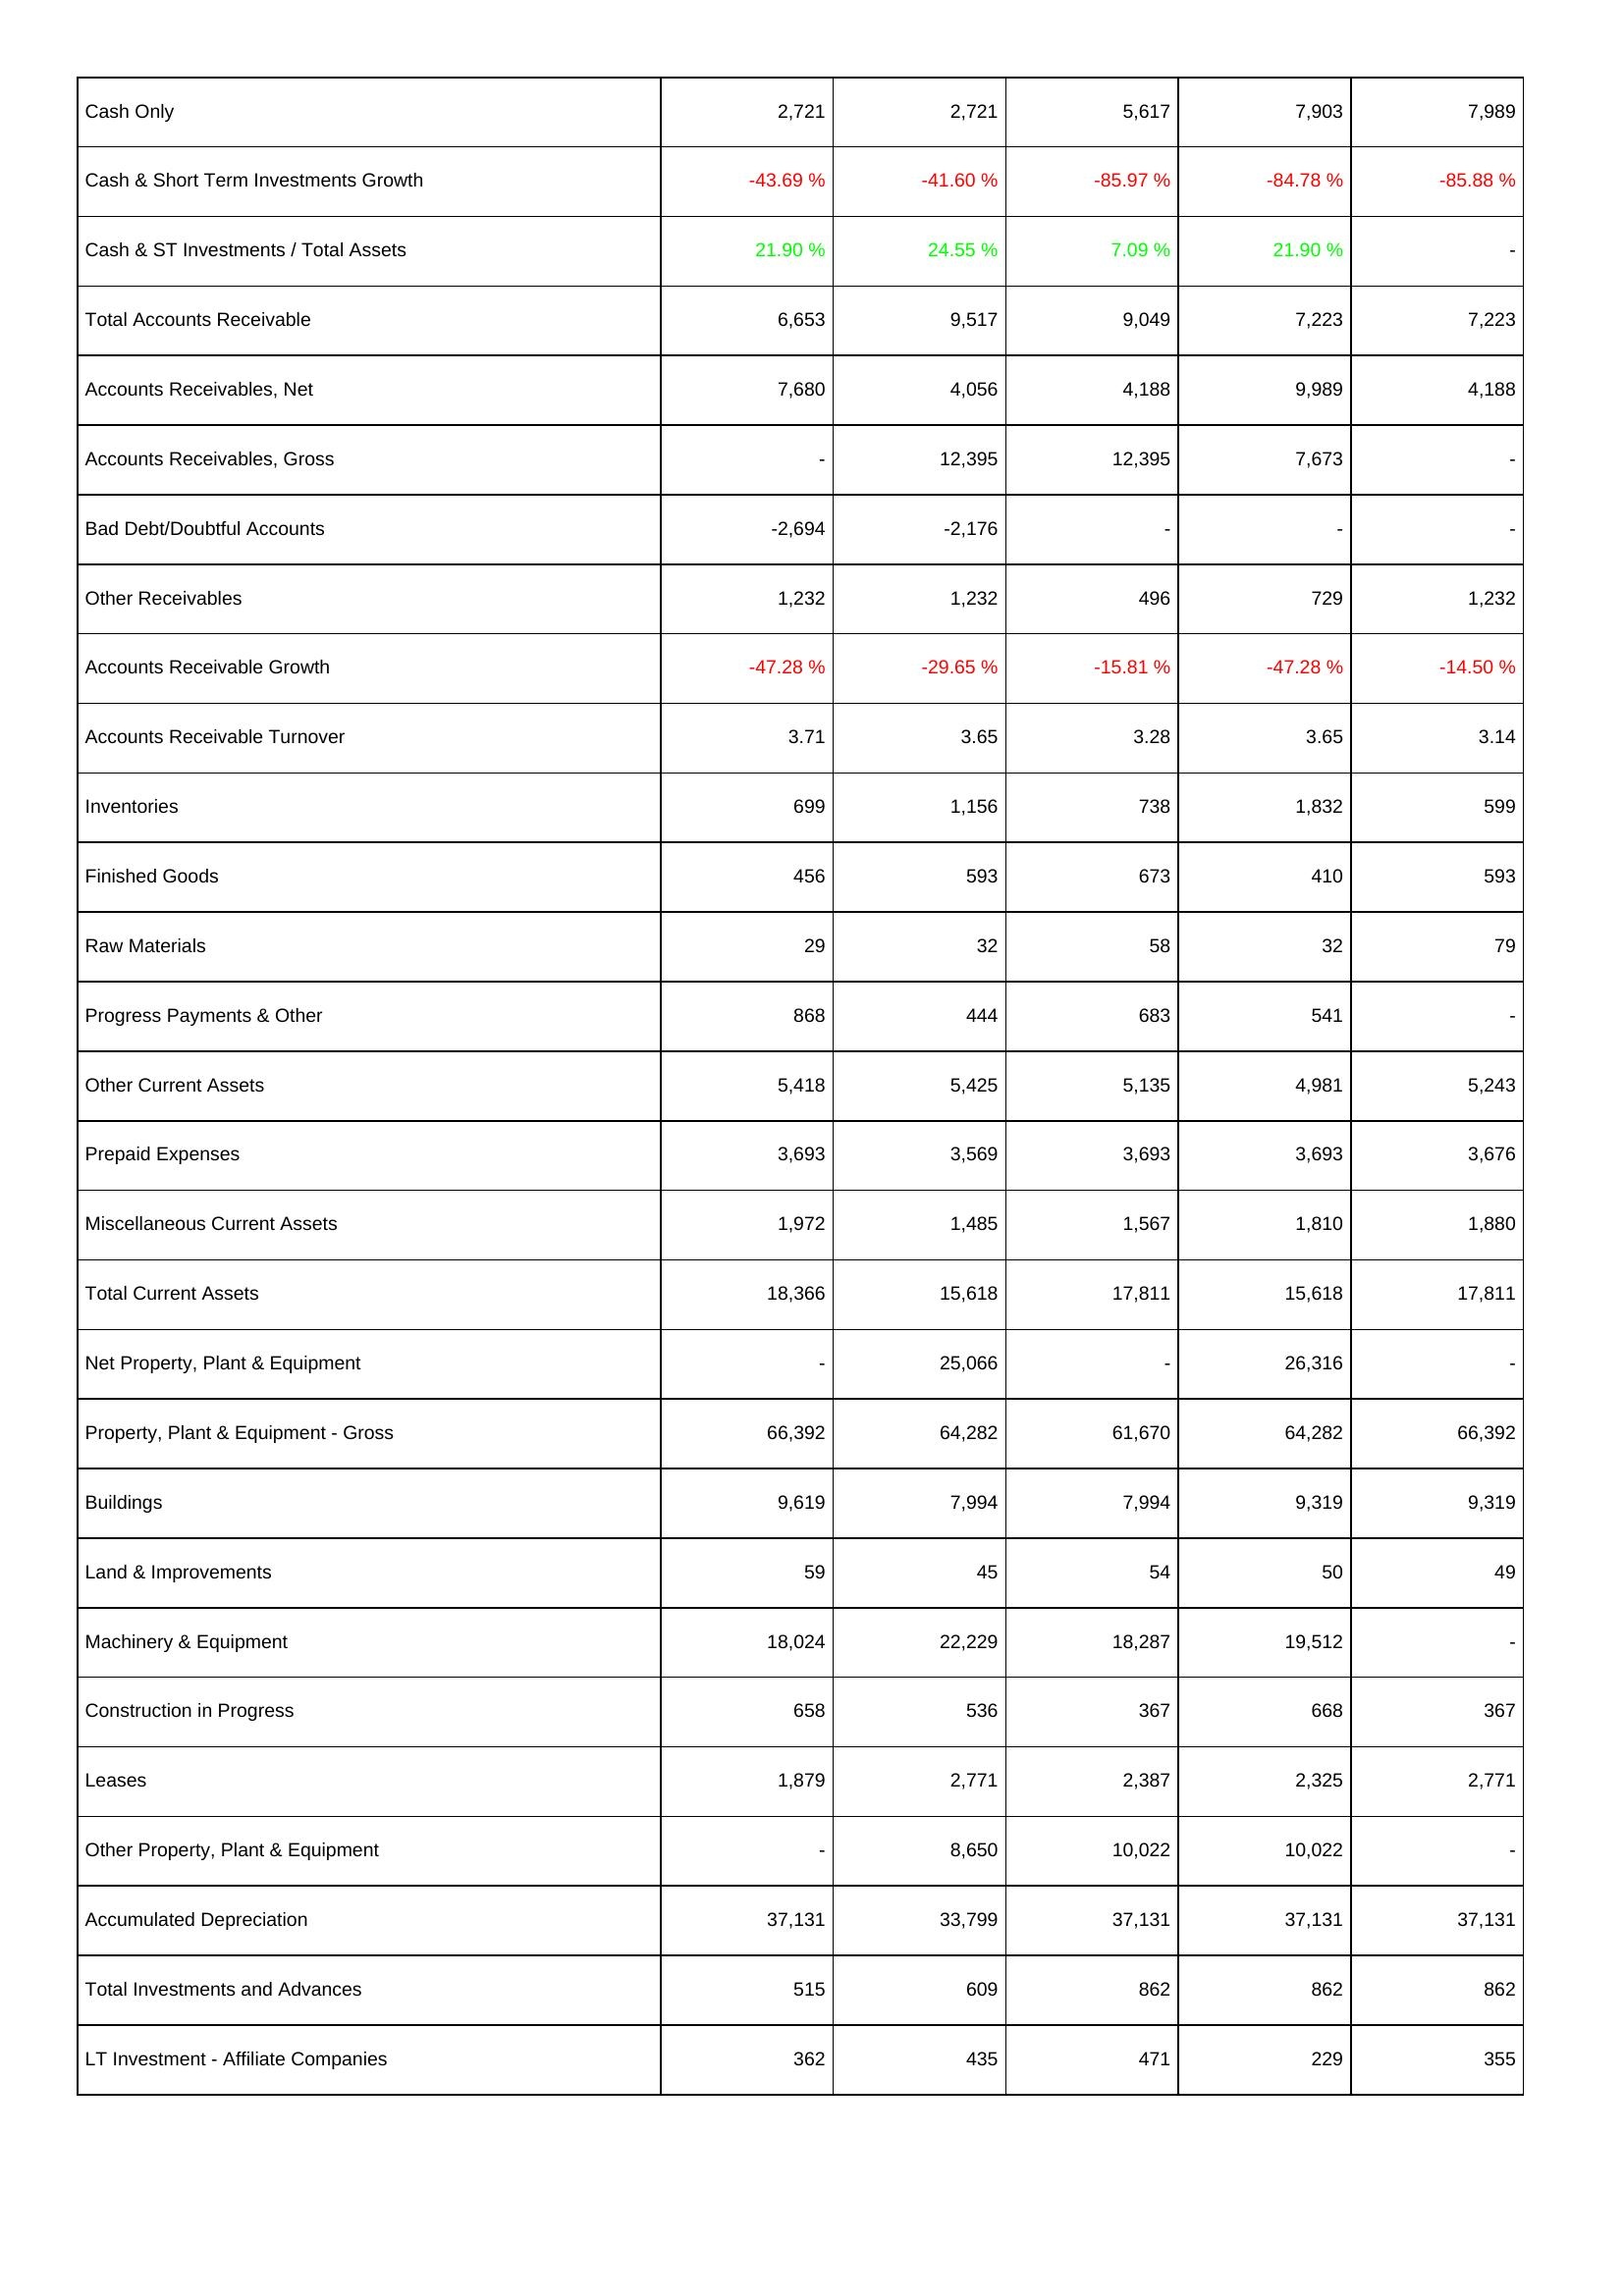
2018: Assets: Cash Only: 2,721
Cash & Short Term Investments Growth: -43.69 %
Cash & ST Investments / Total Assets: 21.90 %
Total Accounts Receivable: 6,653
Accounts Receivables, Net: 7,680
Accounts Receivables, Gross: -
Bad Debt/Doubtful Accounts: -2,694
Other Receivables: 1,232
Accounts Receivable Growth: -47.28 %
Accounts Receivable Turnover: 3.71
Inventories: 699
Finished Goods: 456
Raw Materials: 29
Progress Payments & Other: 868
Other Current Assets: 5,418
Prepaid Expenses: 3,693
Miscellaneous Current Assets: 1,972
Total Current Assets: 18,366
Net Property, Plant & Equipment: -
Property, Plant & Equipment - Gross: 66,392
Buildings: 9,619
Land & Improvements: 59
Machinery & Equipment: 18,024
Construction in Progress: 658
Leases: 1,879
Other Property, Plant & Equipment: -
Accumulated Depreciation: 37,131
Total Investments and Advances: 515
LT Investment - Affiliate Companies: 362
2017: Assets: Cash Only: 2,721
Cash & Short Term Investments Growth: -41.60 %
Cash & ST Investments / Total Assets: 24.55 %
Total Accounts Receivable: 9,517
Accounts Receivables, Net: 4,056
Accounts Receivables, Gross: 12,395
Bad Debt/Doubtful Accounts: -2,176
Other Receivables: 1,232
Accounts Receivable Growth: -29.65 %
Accounts Receivable Turnover: 3.65
Inventories: 1,156
Finished Goods: 593
Raw Materials: 32
Progress Payments & Other: 444
Other Current Assets: 5,425
Prepaid Expenses: 3,569
Miscellaneous Current Assets: 1,485
Total Current Assets: 15,618
Net Property, Plant & Equipment: 25,066
Property, Plant & Equipment - Gross: 64,282
Buildings: 7,994
Land & Improvements: 45
Machinery & Equipment: 22,229
Construction in Progress: 536
Leases: 2,771
Other Property, Plant & Equipment: 8,650
Accumulated Depreciation: 33,799
Total Investments and Advances: 609
LT Investment - Affiliate Companies: 435
2016: Assets: Cash Only: 5,617
Cash & Short Term Investments Growth: -85.97 %
Cash & ST Investments / Total Assets: 7.09 %
Total Accounts Receivable: 9,049
Accounts Receivables, Net: 4,188
Accounts Receivables, Gross: 12,395
Bad Debt/Doubtful Accounts: -
Other Receivables: 496
Accounts Receivable Growth: -15.81 %
Accounts Receivable Turnover: 3.28
Inventories: 738
Finished Goods: 673
Raw Materials: 58
Progress Payments & Other: 683
Other Current Assets: 5,135
Prepaid Expenses: 3,693
Miscellaneous Current Assets: 1,567
Total Current Assets: 17,811
Net Property, Plant & Equipment: -
Property, Plant & Equipment - Gross: 61,670
Buildings: 7,994
Land & Improvements: 54
Machinery & Equipment: 18,287
Construction in Progress: 367
Leases: 2,387
Other Property, Plant & Equipment: 10,022
Accumulated Depreciation: 37,131
Total Investments and Advances: 862
LT Investment - Affiliate Companies: 471
2015: Assets: Cash Only: 7,903
Cash & Short Term Investments Growth: -84.78 %
Cash & ST Investments / Total Assets: 21.90 %
Total Accounts Receivable: 7,223
Accounts Receivables, Net: 9,989
Accounts Receivables, Gross: 7,673
Bad Debt/Doubtful Accounts: -
Other Receivables: 729
Accounts Receivable Growth: -47.28 %
Accounts Receivable Turnover: 3.65
Inventories: 1,832
Finished Goods: 410
Raw Materials: 32
Progress Payments & Other: 541
Other Current Assets: 4,981
Prepaid Expenses: 3,693
Miscellaneous Current Assets: 1,810
Total Current Assets: 15,618
Net Property, Plant & Equipment: 26,316
Property, Plant & Equipment - Gross: 64,282
Buildings: 9,319
Land & Improvements: 50
Machinery & Equipment: 19,512
Construction in Progress: 668
Leases: 2,325
Other Property, Plant & Equipment: 10,022
Accumulated Depreciation: 37,131
Total Investments and Advances: 862
LT Investment - Affiliate Companies: 229
2014: Assets: Cash Only: 7,989
Cash & Short Term Investments Growth: -85.88 %
Cash & ST Investments / Total Assets: -
Total Accounts Receivable: 7,223
Accounts Receivables, Net: 4,188
Accounts Receivables, Gross: -
Bad Debt/Doubtful Accounts: -
Other Receivables: 1,232
Accounts Receivable Growth: -14.50 %
Accounts Receivable Turnover: 3.14
Inventories: 599
Finished Goods: 593
Raw Materials: 79
Progress Payments & Other: -
Other Current Assets: 5,243
Prepaid Expenses: 3,676
Miscellaneous Current Assets: 1,880
Total Current Assets: 17,811
Net Property, Plant & Equipment: -
Property, Plant & Equipment - Gross: 66,392
Buildings: 9,319
Land & Improvements: 49
Machinery & Equipment: -
Construction in Progress: 367
Leases: 2,771
Other Property, Plant & Equipment: -
Accumulated Depreciation: 37,131
Total Investments and Advances: 862
LT Investment - Affiliate Companies: 355